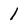
Character: l